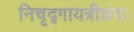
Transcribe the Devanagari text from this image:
निचृद्‌गायत्रीछंदः